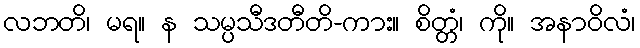
လဘတိ၊ မရ။ န သမ္ပသီဒတီတိ-ကား။ စိတ္တံ၊ ကို။ အနာဝိလံ၊